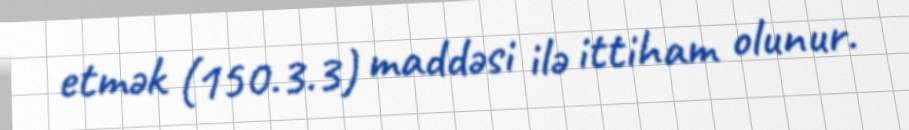
etmək (150.3.3) maddəsi ilə ittiham olunur.